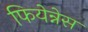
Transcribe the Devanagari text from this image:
फियेन्नेस